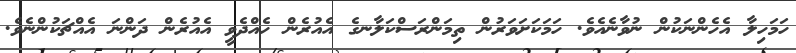
ހަމަހިލާ އެހެންނަކުން ނުވާނެއެވެ. ހަމަކަށަވަރުން ތިމަންރަސްކަލާނގެ އެއުރެން ހެއްދެވީ އެއުރެން ދަންނަ އެއްޗަކުންނެވެ.